Report on the working of the Ranchi Indian Mental Hospital, Kanke, in Bihar and Orissa - 1930-1940
Year: 1930
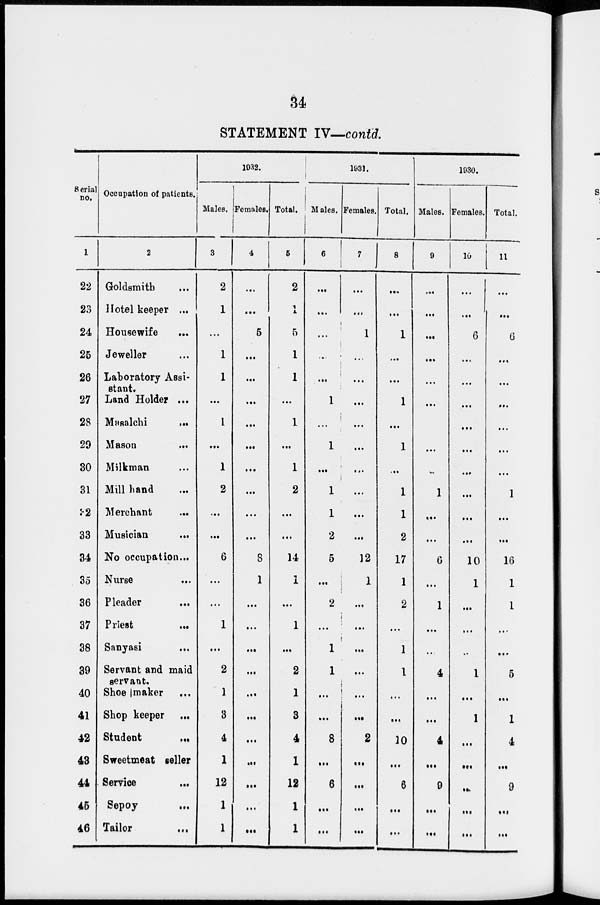
34
STATEMENT IV—contd.
Serial
no.
1
22
23
24
25
26
27
28
29
30
31
32
33
34
35
36
37
38
39
40
41
42
43
44
45
46
Occupation of patients.
2
Goldsmith ...
Hotel keeper ...
Housewife ...
Jeweller ...
Laboratory Assi-
stant.
Land Holder ...
Masalchi
...
Mason
...
Milkman ...
Mill hand ...
Merchant ...
Musician
...
No occupation ...
Nurse
...
Pleader ...
Priest ...
Sanyasi ...
Servant and maid
servant.
Shoe maker ...
Shop keeper ...
Student ...
Sweetmeat seller
Service
...
Sepoy ...
Tailor ...
1932.
Males.
3
2
1
...
1
1
...
1
...
1
2
...
...
6
...
...
1
...
2
1
3
4
1
12
1
1
Females.
4
...
...
5
...
...
...
...
...
...
...
...
...
8
1
...
...
...
...
...
...
...
...
...
...
...
Total.
5
2
1
5
1
1
...
1
...
1
2
...
...
14
1
...
1
...
2
1
3
4
1
12
1
1
1931.
Males.
6
...
...
...
...
...
1
1
...
1
1
2
5
...
2
...
1
1
...
...
8
...
6
...
...
Females.
7
...
...
1
...
...
...
...
...
...
...
...
...
12
1
...
...
...
...
...
...
2
...
...
...
...
Total.
8
...
...
1
...
...
1
...
1
...
1
1
2
17
1
2
...
1
1
...
...
10
...
6
...
...
1930.
Males.
9
...
...
...
...
...
...
...
...
...
1
...
...
6
...
1
...
...
4
...
...
4
...
9
...
...
Females.
10
...
...
6
...
...
...
...
...
...
...
...
...
10
1
...
...
...
1
...
1
...
...
...
...
...
Total.
11
...
...
6
...
...
...
...
...
...
1
...
...
16
1
1
...
...
5
...
1
4
...
9
...
...